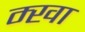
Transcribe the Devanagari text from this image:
म्खा